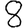
Digit: 8